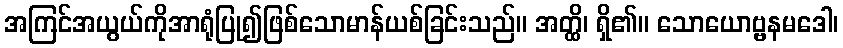
အကြင်အယွယ်ကိုအာရုံပြု၍ဖြစ်သောမာန်ယစ်ခြင်းသည်။ အတ္ထိ၊ ရှိ၏။ သောယောဗ္ဗနမဒေါ၊